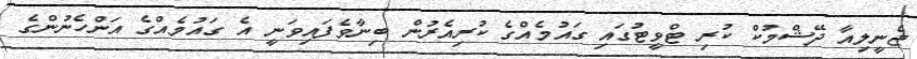
ޖެނީލިއާ ދޭޝްމުކް ކުރި ޓްވީޓުގައި ގައުމެއްގެ ކުރިއެރުން ބިނާވެފައިވަނީ އެ ގައުމެއްގެ އަންހެނުންގެ